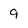
Character: 9